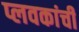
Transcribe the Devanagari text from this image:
प्लवकांची